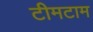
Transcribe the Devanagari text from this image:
टीमटाम